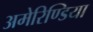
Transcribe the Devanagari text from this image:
अमेरिण्डिया